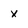
Character: x